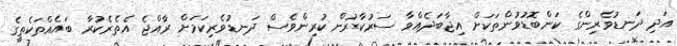
އަދި ދަނޑުވެރިންގެ ކަންބޮޑުވުންތަކަށް އިޖާބަދެއްވާ ސަރުކާރުން ކުރިންވެސް ދަނޑުވެރިކަމަށް ރާއްޖެ އެތެރެކުރާ ބައެއްތަކެތީގެ